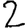
Digit: 2